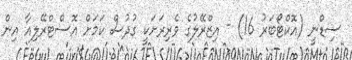
ސިޑްނީ (އޮކްޓޯބަރު 16) - އިޒްރޭލުގެ ވެރިރަށަކީ ގުދުސް ކަމަށް އޮސްޓްރޭލިއާ އިން